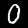
Digit: 0